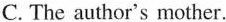
c. The author's mether.